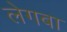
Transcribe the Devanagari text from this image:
लेगबा